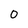
Character: 0